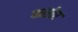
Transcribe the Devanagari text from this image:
फलोर